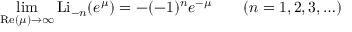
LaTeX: \operatorname* { l i m } _ { \operatorname { R e } ( \mu ) \to \infty } \operatorname { L i } _ { - n } ( e ^ { \mu } ) = - ( - 1 ) ^ { n } e ^ { - \mu } \qquad ( n = 1 , 2 , 3 , \ldots )